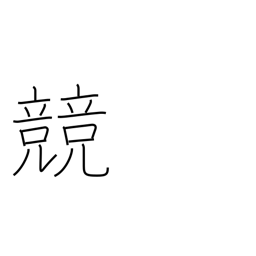
Meaning: contest